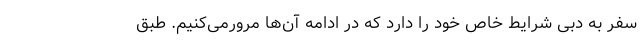
سفر به دبی شرایط خاص خود را دارد که در ادامه آن‌ها مرورمی‌کنیم. طبق